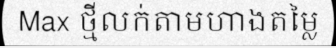
Max ថ្មីលក់តាមហាងតម្លៃ